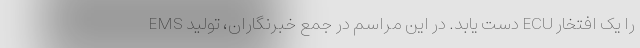
EMS دست یابد. در این مراسم در جمع خبرنگاران، تولید ECU را یک افتخار